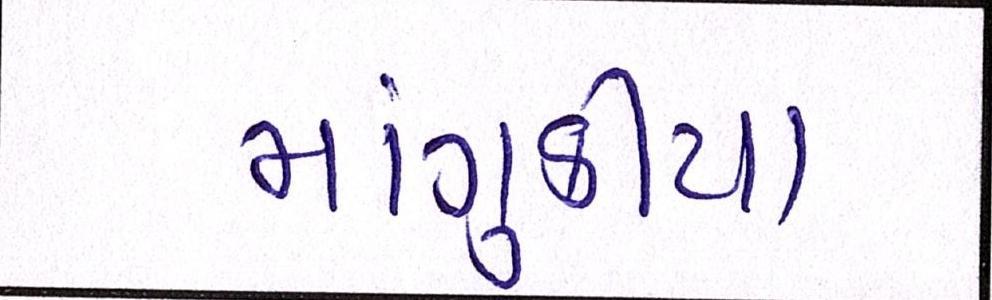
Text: માંગુકીયા